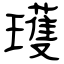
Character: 瓁